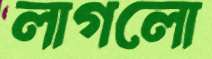
লাগলো